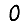
Digit: 0